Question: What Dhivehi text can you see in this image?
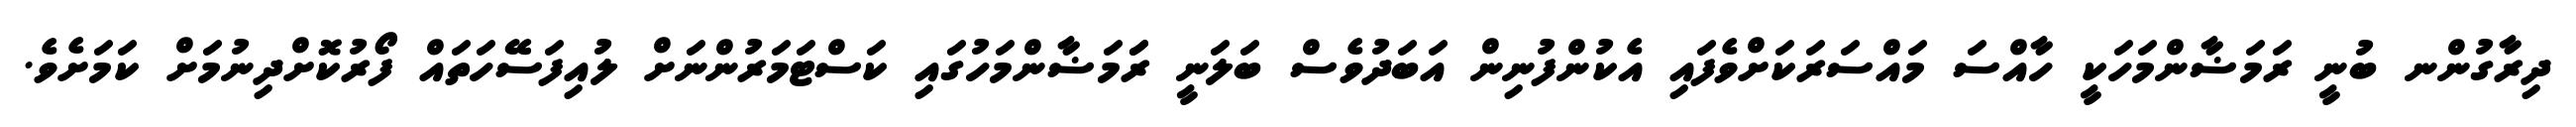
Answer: ދިރާގުންނ ބުނީ ރަމަޟާންމަހަކީ ހާއްސަ މައްސަރަކަށްވެފައި އެކުންފުނިން އަބަދުވެސް ބަލަނީ ރަަމަޟާންމަހުގައި ކަސްޓަމަރުންނަށް ލުއިފަސޭހަތައް ފޯރުކޮށްދިނުމަށް ކަމަށެވެ.